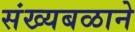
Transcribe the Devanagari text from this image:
संख्यबळाने